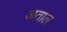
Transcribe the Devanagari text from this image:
अताल